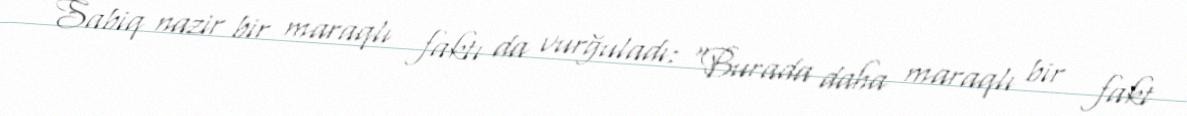
Sabiq nazir bir maraqlı faktı da vurğuladı: “Burada daha maraqlı bir fakt